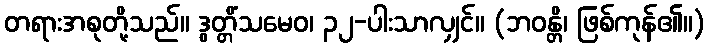
တရားအစုတို့သည်။ ဒွတ္တိံသမေဝ၊ ၃၂-ပါးသာလျှင်။ (ဘဝန္တိ၊ ဖြစ်ကုန်၏။)